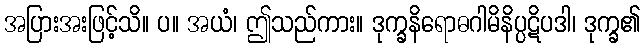
အပြားအးဖြင့်သိ။ ပ။ အယံ၊ ဤသည်ကား။ ဒုက္ခနိရောဓဂါမိနိပ္ပဋိပဒါ၊ ဒုက္ခ၏